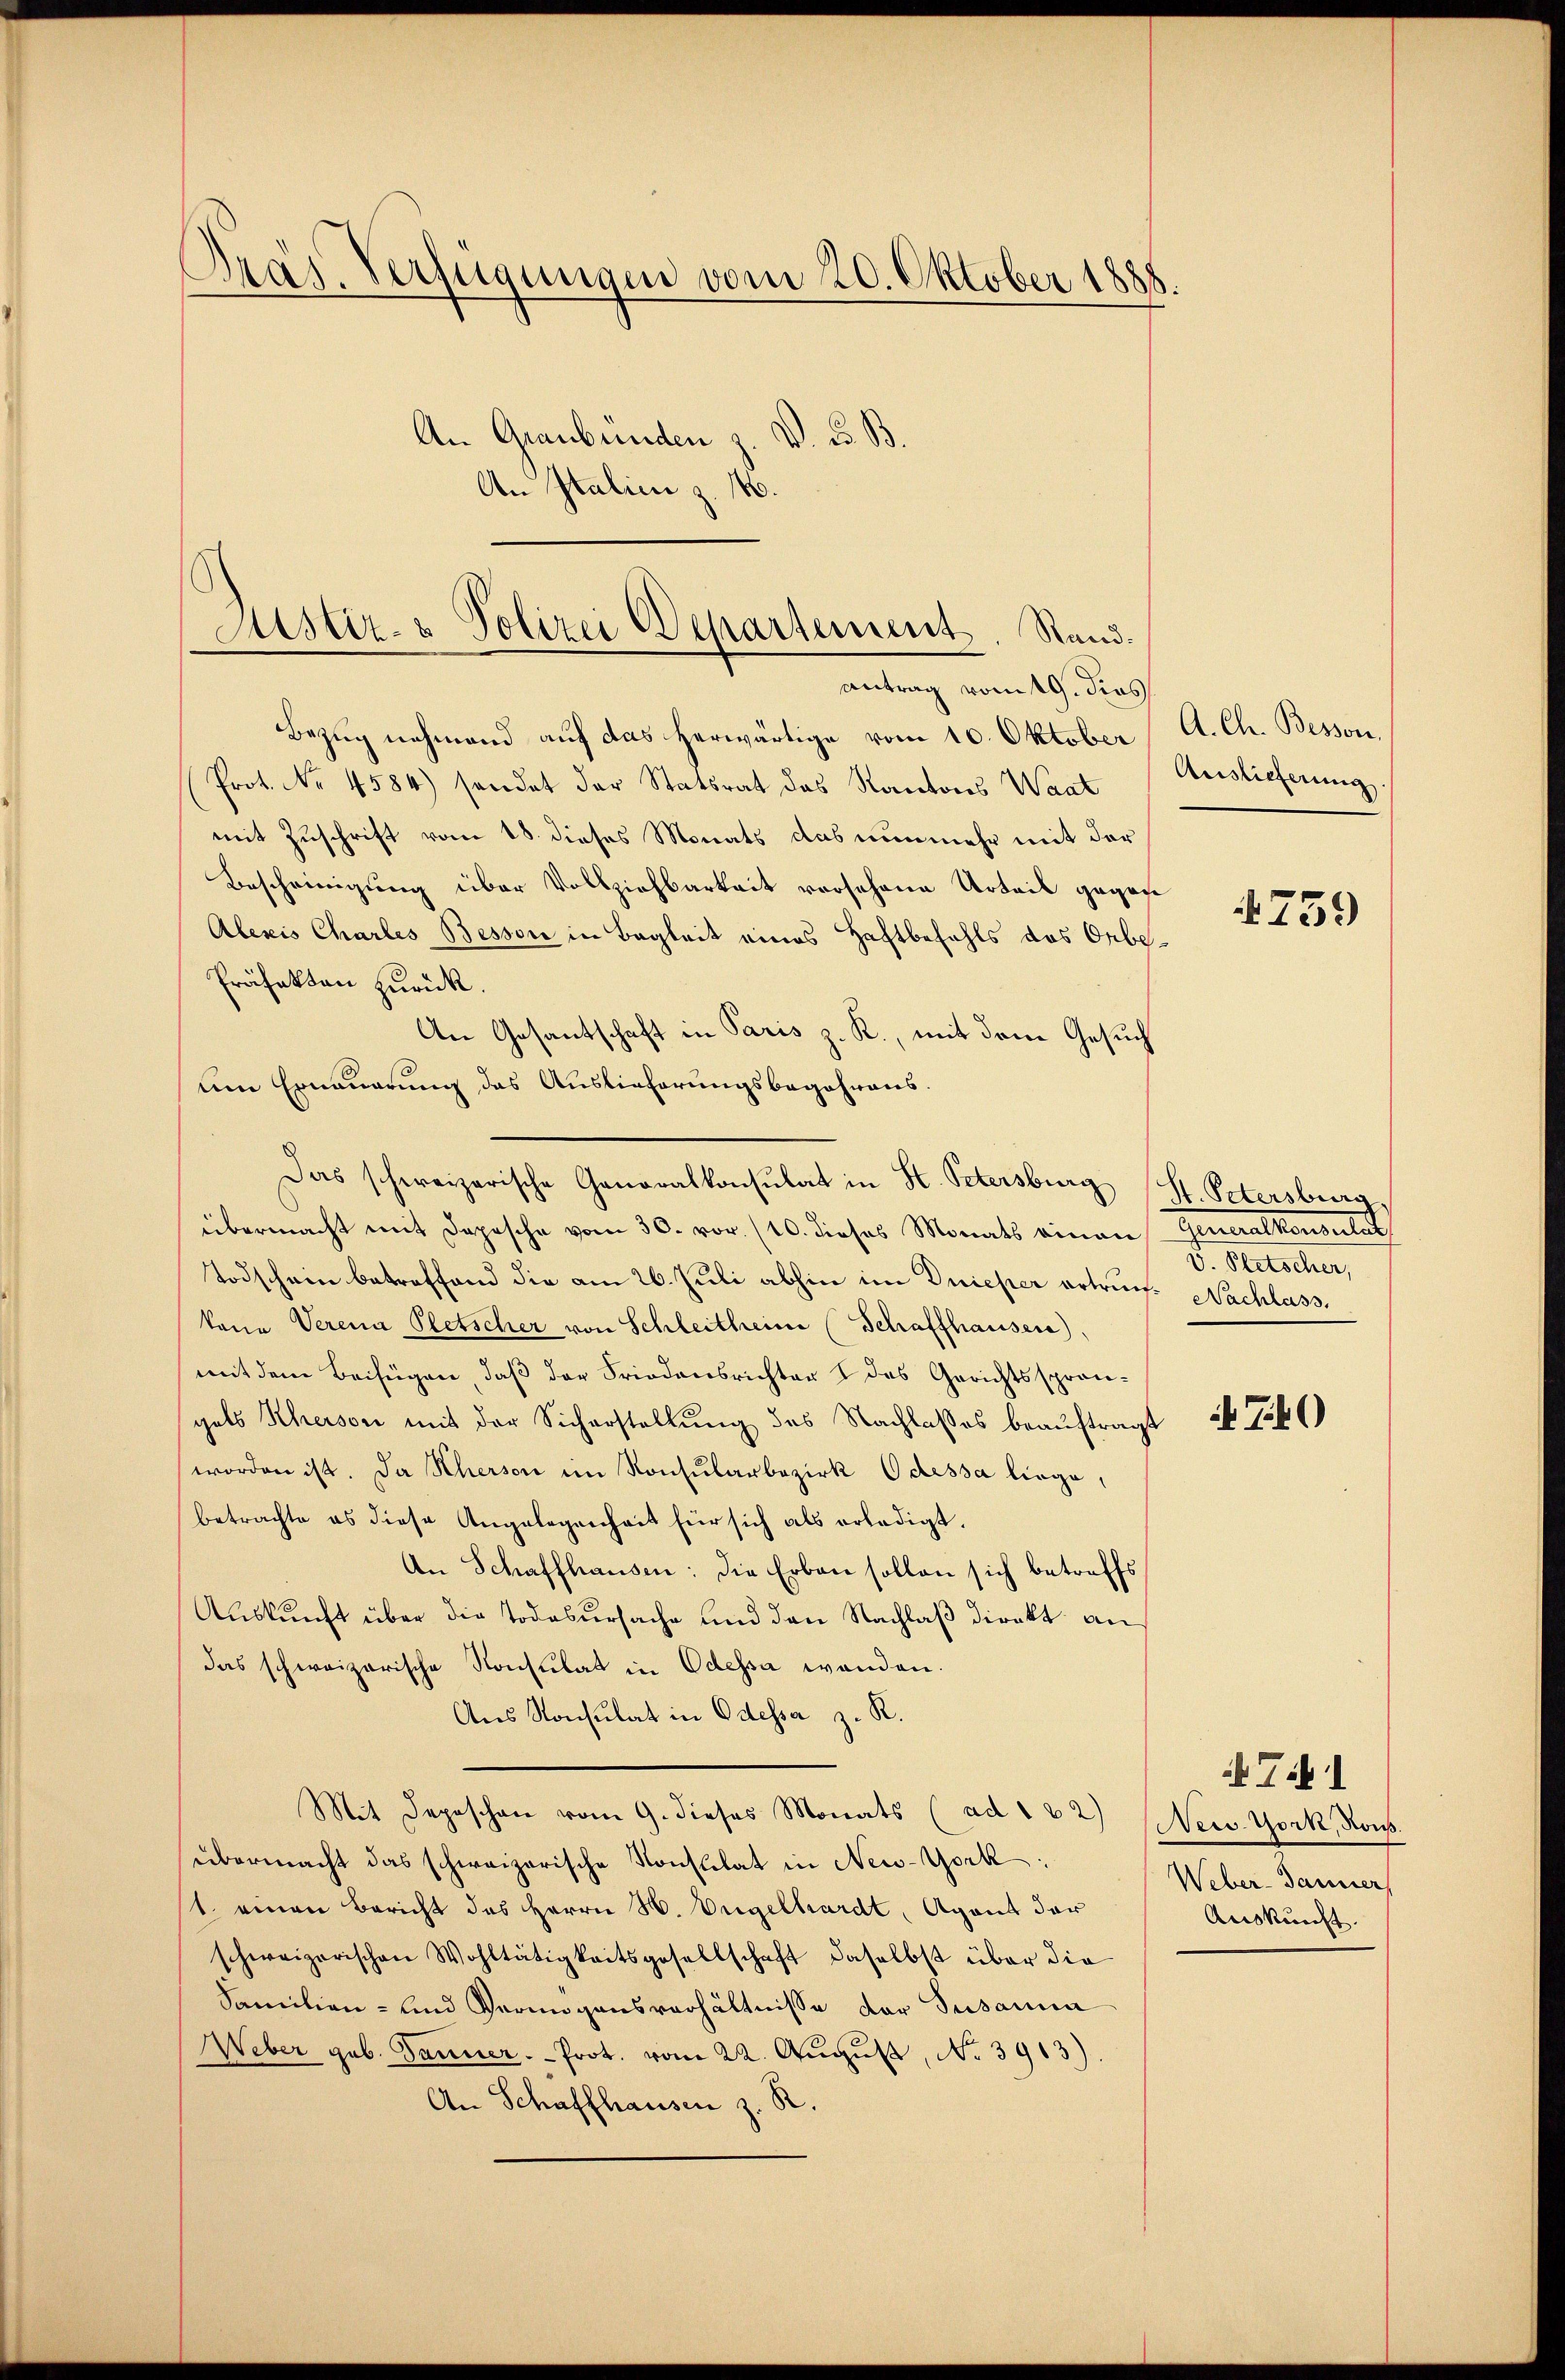
Präs. Verfügungen vom 20. Oktober 1888.
An Graubünden z. V. d. B.
An Italien z. 1.

Bezug nehmend auf das herwärtige vom 10. Oktober A. Ch. Besson,
Prot. No 4584) sendet der Statsrat das Kantons Waat
mit Zuschrift vom 18. dieses Monats das nunmehr mit der
Bescheinigung über Vollziehbarkeit vorsehene Urteil gegebe
Alexis Charles Bessore in Begleit eines Haftbefehls des Orbe¬
Präfekten zurück.
An Gesantschaft in Paris z. R., mit dem Gesuch
um Erneuerung das Auslieferungsbegehrens.
Das schweizerische Generalkonsulat in H. Petersburg (H. Petersburg,
übermacht mit Depesche vom 30. vor. (10. dieses Monats einan- Generalkonsulat
Todschein betreffend die am 26. Juli abhin im Dnieper ertruf. Nachlass,
kane Verena Pletscher von Schleitheim (Schaffhauser),
mit dem Beifügen, daß der Friedensrichter I des Gerichtssprangels Kherson mit der Sicherstellung des Nachlasses beauftragt
worden ist. Da Scherson im Konsularbezirk Odessa liege,
betrachte es diese Angelegenheit für sich als erledigt.
An Schaffhausen: die Erben sollen sich betreffs
Auskunft über die Todesursache und den Nachlaß direkt an
das schweizerische Konsulat in Odessa wanden.
Aus Konsulat in Odessa z. R.
Mit Depeschen vom 9. dieses Monats (ad 122) Serv. York, Kons.
übermacht das schweizerische Konstilat in New-York:
t. einen Bericht des Herrn N. Vngelhardt, Agent der
schweizerischen Wohltätigkeitsgesellschaft daselbst über die
Familien- und Vermögensverhältnisse der Susanna
Weber geb. Tanner. Prot. vom 22. Aŭgŭst No 3913).
An Schaffhausen z. R.

Justiz- & Polizei Departement. Rand.
antrag vom 19. dies

Auslieferung

4759

V. Petscher,

T.40

Weber-Banner
Auskunft.

Tit. 1